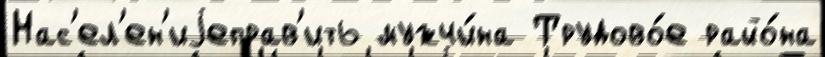
Нас'ел'ен'иjеправ'ить мужчи́на Трудово́е райо́на